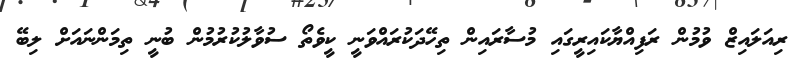
ރިއަލައިޒް ވުމުން ރަފިއްޔާކައިރީގައި މުސާރައިން ތިހޭދަކުރައްވަނީ ކީވެތޯ ސުވާލުކުރުމުން ބުނީ ތިމަންނައަށް ލިބޭ